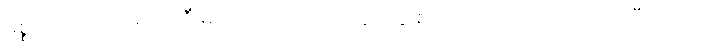
မစ္စတာ ဇပါတာရဲ့ အဲဒီ မိုးပျံဘုတ်ပြားကို လူတွေ စတင် သတိထားမိခဲ့တာ ပြီးခဲ့တဲ့လ